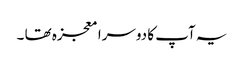
یہ آپ کا دوسرا معجزہ تھا ۔